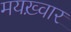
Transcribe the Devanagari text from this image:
मयख़्वार